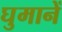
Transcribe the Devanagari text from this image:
घुमानें